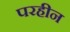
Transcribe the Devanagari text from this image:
परहीन